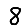
Digit: 8